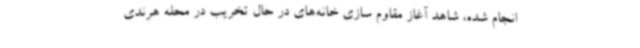
انجام شده، شاهد آغاز مقاوم سازی خانه‌های در حال تخریب در محله هرندی